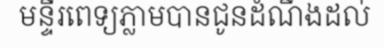
មន្ទីរពេទ្យភ្លាមបានជូនដំណឹងដល់